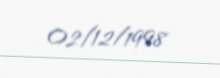
02/12/1998